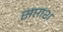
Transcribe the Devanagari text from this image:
सप्तांश